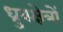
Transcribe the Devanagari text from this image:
ध्रुवक्षेत्रों